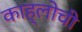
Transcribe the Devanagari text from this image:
काह्लोची